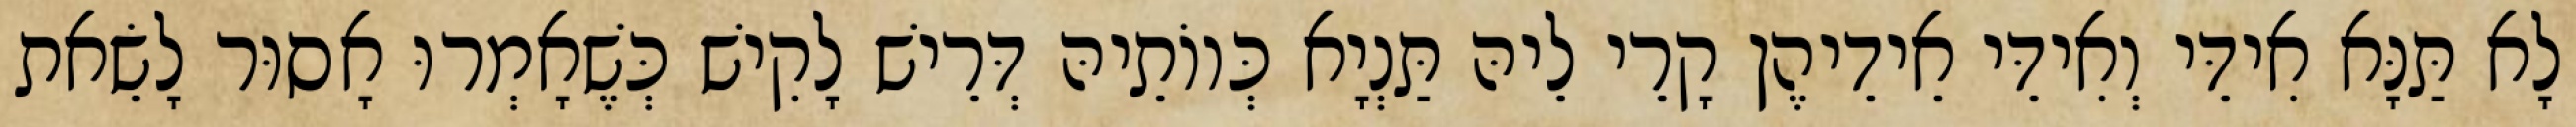
לָא תַּנָּא אִידֵּי וְאִידֵּי אֵידֵיהֶן קָרֵי לֵיהּ תַּנְיָא כְּווֹתֵיהּ דְּרֵישׁ לָקִישׁ כְּשֶׁאָמְרוּ אָסוּר לָשֵׂאת